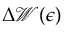
\Delta { \mathcal { W } ( \epsilon ) }